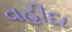
વહીદા